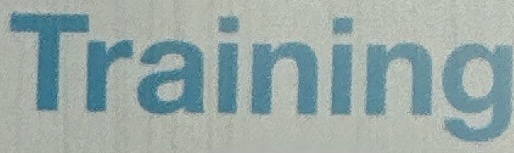
Training